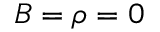
B = \rho = 0